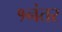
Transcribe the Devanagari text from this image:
१नंतर